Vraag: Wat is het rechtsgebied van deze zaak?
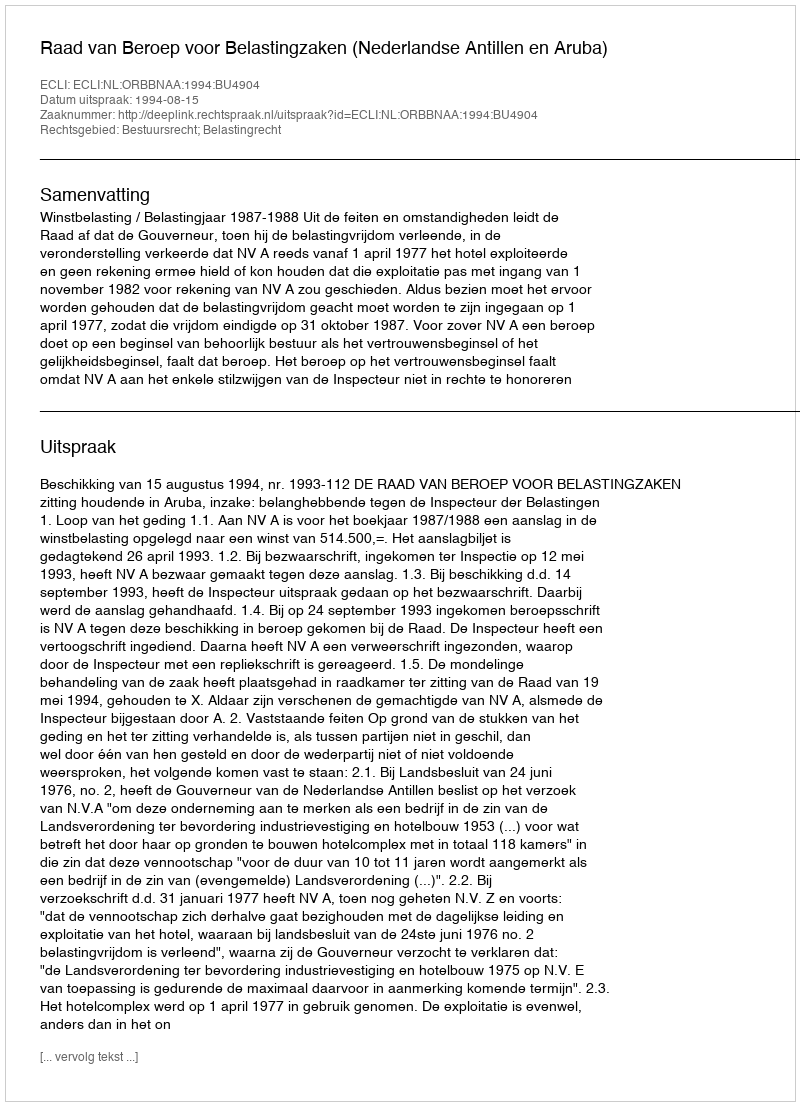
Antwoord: Bestuursrecht; Belastingrecht